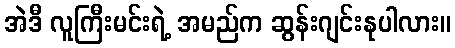
အဲဒီ လူကြီးမင်းရဲ့ အမည်က ဆွန်းဂျင်းနုပါလား။